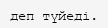
деп түйеді.